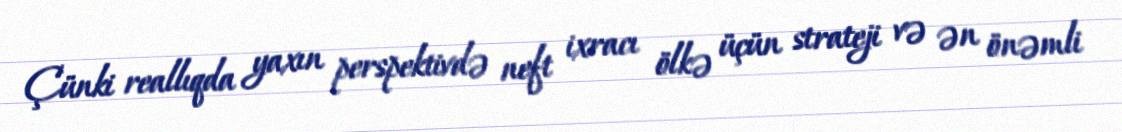
Çünki reallıqda yaxın perspektivdə neft ixracı ölkə üçün strateji və ən önəmli